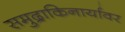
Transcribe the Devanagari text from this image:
समुद्राकिनार्यावर